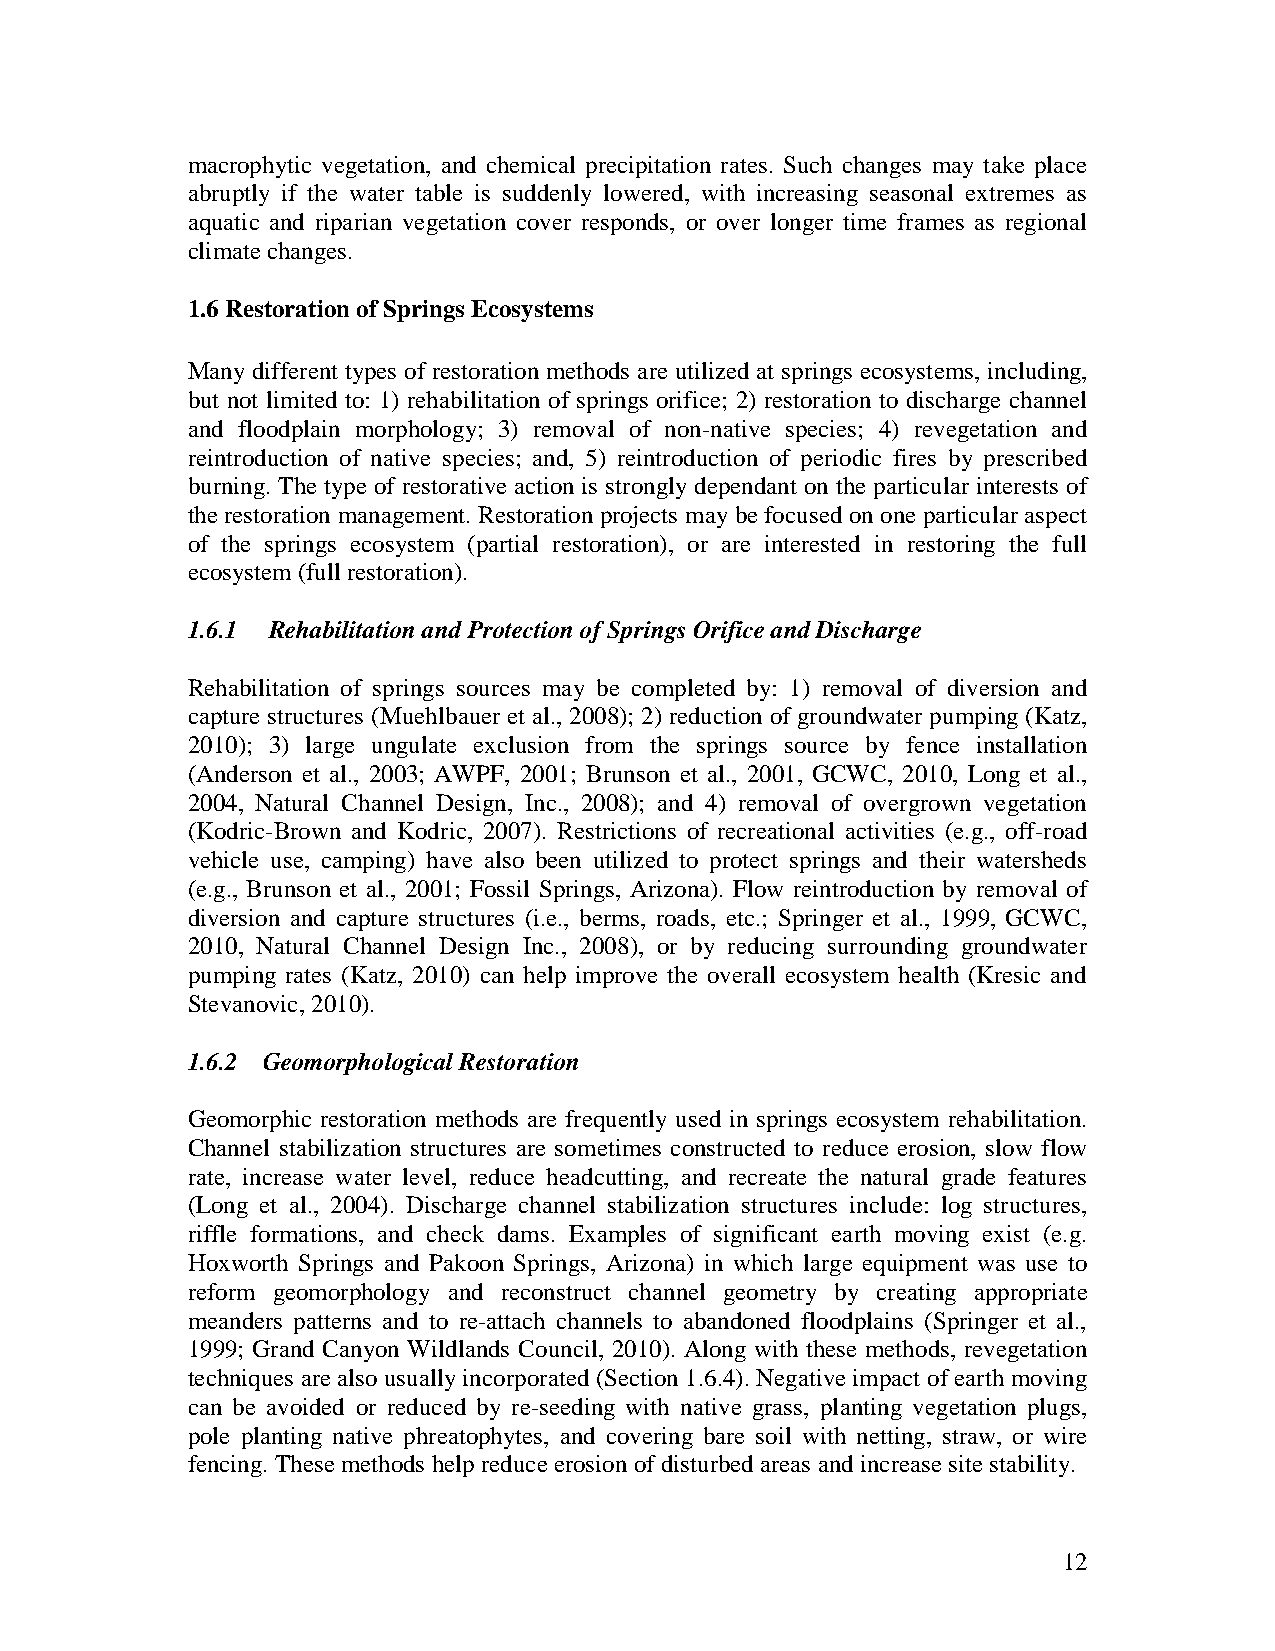
macrophytic vegetation, and chemical precipitation rates. Such changes may take place
 abruptly if the water table is suddenly lowered, with increasing seasonal extremes as
 aquatic and riparian vegetation cover responds, or over longer time frames as regional
 climate changes.
 1.6 Restoration of Springs Ecosystems
 Many different types of restoration methods are utilized at springs ecosystems, including,
 but not limited to: 1) rehabilitation of springs orifice; 2) restoration to discharge channel
 and floodplain morphology; 3) removal of non-native species; 4) revegetation and
 reintroduction of native species; and, 5) reintroduction of periodic fires by prescribed
 burning. The type of restorative action is strongly dependant on the particular interests of
 the restoration management. Restoration projects may be focused on one particular aspect
 of the springs ecosystem (partial restoration), or are interested in restoring the full
 ecosystem (full restoration).
 1.6.1 Rehabilitation and Protection of Springs Orifice and Discharge
 Rehabilitation of springs sources may be completed by: 1) removal of diversion and
 capture structures (Muehlbauer et al., 2008); 2) reduction of groundwater pumping (Katz,
 2010); 3) large ungulate exclusion from the springs source by fence installation
 (Anderson et al., 2003; AWPF, 2001; Brunson et al., 2001, GCWC, 2010, Long et al.,
 2004, Natural Channel Design, Inc., 2008); and 4) removal of overgrown vegetation
 (Kodric-Brown and Kodric, 2007). Restrictions of recreational activities (e.g., off-road
 vehicle use, camping) have also been utilized to protect springs and their watersheds
 (e.g., Brunson et al., 2001; Fossil Springs, Arizona). Flow reintroduction by removal of
 diversion and capture structures (i.e., berms, roads, etc.; Springer et al., 1999, GCWC,
 2010, Natural Channel Design Inc., 2008), or by reducing surrounding groundwater
 pumping rates (Katz, 2010) can help improve the overall ecosystem health (Kresic and
 Stevanovic, 2010).
 1.6.2 Geomorphological Restoration
 Geomorphic restoration methods are frequently used in springs ecosystem rehabilitation.
 Channel stabilization structures are sometimes constructed to reduce erosion, slow flow
 rate, increase water level, reduce headcutting, and recreate the natural grade features
 (Long et al., 2004). Discharge channel stabilization structures include: log structures,
 riffle formations, and check dams. Examples of significant earth moving exist (e.g.
 Hoxworth Springs and Pakoon Springs, Arizona) in which large equipment was use to
 reform geomorphology and reconstruct channel geometry by creating appropriate
 meanders patterns and to re-attach channels to abandoned floodplains (Springer et al.,
 1999; Grand Canyon Wildlands Council, 2010). Along with these methods, revegetation
 techniques are also usually incorporated (Section 1.6.4). Negative impact of earth moving
 can be avoided or reduced by re-seeding with native grass, planting vegetation plugs,
 pole planting native phreatophytes, and covering bare soil with netting, straw, or wire
 fencing. These methods help reduce erosion of disturbed areas and increase site stability.
 12